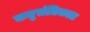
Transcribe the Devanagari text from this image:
ऋतुसंधिकाल